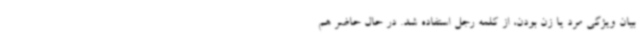
بیان ویژگی مرد یا زن بودن، از کلمه رجل استفاده شد. در حال حاضر هم